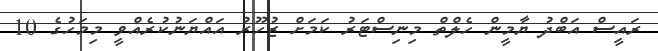
ރައީސް އަބްދު ޔާމީން ހެލްތް މިނިސްޓަރު ކަމަށް ޒުހޫރު އައްޔަނުކުރެއްވީ މިމަހުގެ 10